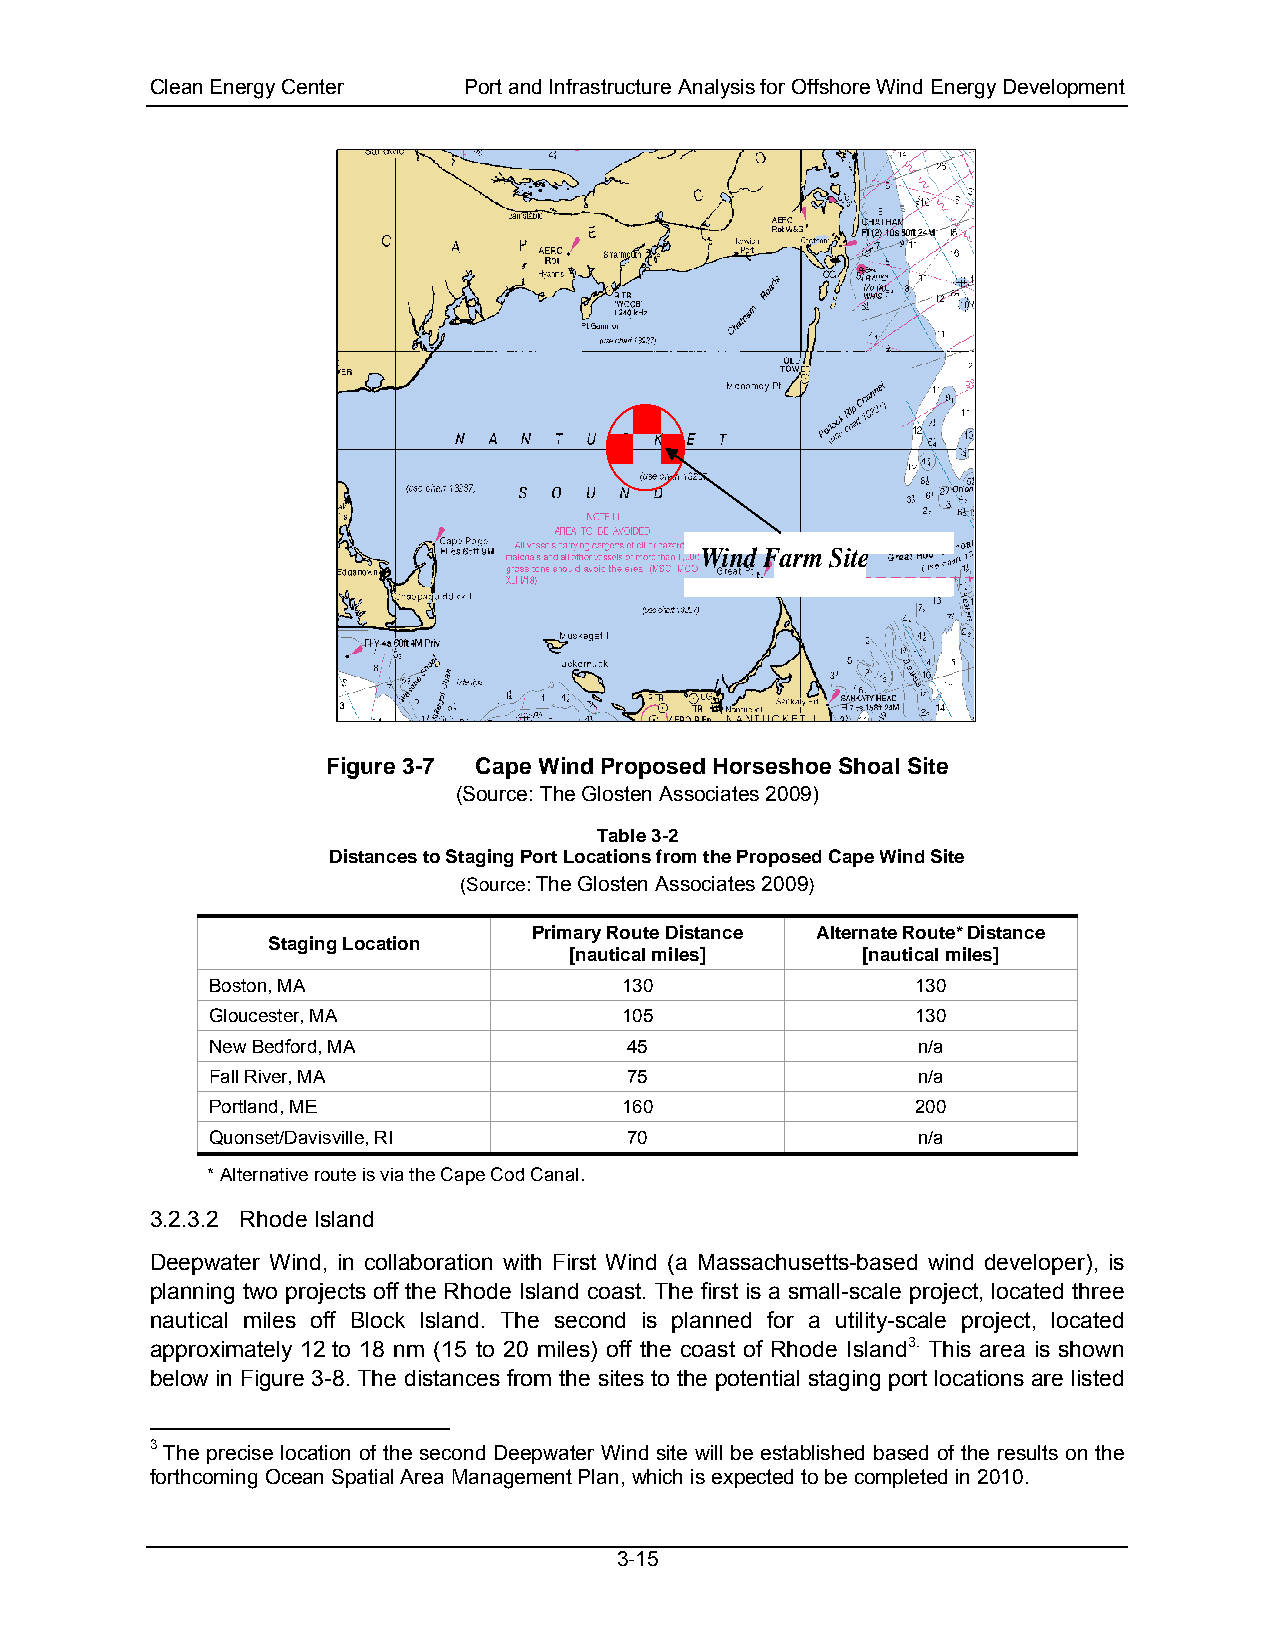
Clean Energy Center  Port and Infrastructure Analysis for Offshore Wind Energy Development
 Wind Farm Site
 Figure 3-7 Cape Wind Proposed Horseshoe Shoal Site
 (Source: The Glosten Associates 2009)
 Table 3-2
 Distances to Staging Port Locations from the Proposed Cape Wind Site
 (Source: The Glosten Associates 2009)
 Primary Route Distance Alternate Route* Distance
 Staging Location
 [nautical miles]   [nautical miles]
 Boston, MA                 130                 130
 Gloucester, MA             105                 130
 New Bedford, MA             45                 n/a
 Fall River, MA              75                 n/a
 Portland, ME               160                 200
 Quonset/Davisville, RI      70                 n/a
 * Alternative route is via the Cape Cod Canal.
 3.2.3.2 Rhode Island
 Deepwater Wind, in collaboration with First Wind (a Massachusetts-based wind developer), is
 planning two projects off the Rhode Island coast. The first is a small-scale project, located three
 nautical miles off Block Island. The second is planned for a utility-scale project, located
 approximately 12 to 18 nm (15 to 20 miles) off the coast of Rhode Island3. This area is shown
 below in Figure 3-8. The distances from the sites to the potential staging port locations are listed
 3 The precise location of the second Deepwater Wind site will be established based of the results on the
 forthcoming Ocean Spatial Area Management Plan, which is expected to be completed in 2010.
 3-15